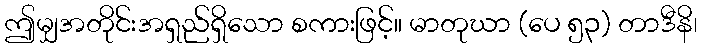
ဤမျှအတိုင်းအရှည်ရှိသော စကားဖြင့်။ မာတုဃာ (ပေ ၅၃) တာဒီနိ၊